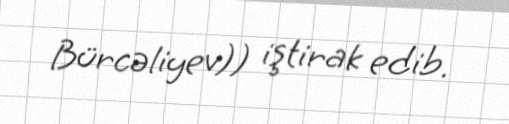
Bürcəliyev)) iştirak edib.